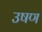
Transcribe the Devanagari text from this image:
उषण